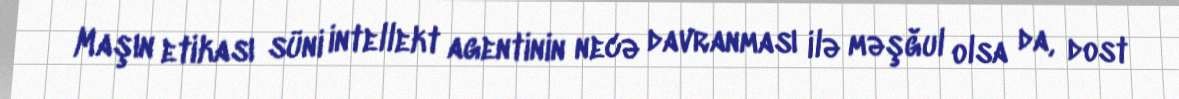
Maşın etikası süni intellekt agentinin necə davranması ilə məşğul olsa da, dost